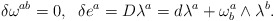
\begin{align*}\delta \omega ^{ab}=0,\;\;\delta e^{a}=D\lambda ^{a}=d\lambda ^{a}+\omega_{b}^{a}\wedge \lambda ^{b}. \end{align*}